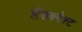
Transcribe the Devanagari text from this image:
लैंडक्नेश्ट